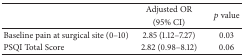
| <ROWSPAN=2>  | Adjusted OR | <ROWSPAN=2> p value |
 | (95% CI) |
 | --- | --- | --- |
 | Baseline pain at surgical site (0–10) | 2.85 (1.12–7.27) | 0.03 |
 | PSQI Total Score | 2.82 (0.98–8.12) | 0.06 |